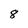
Character: 8